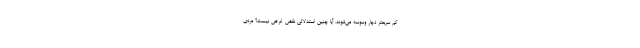
کم سریعتر دچار وسوسه می‌شوند. آیا چنین استدلالی نقض غرض نیست؟ مردی